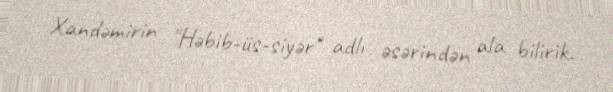
Xandəmirin "Həbib-üs-siyər" adlı əsərindən ala bilirik.